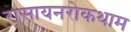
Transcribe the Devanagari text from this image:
रासायनरोकथाम